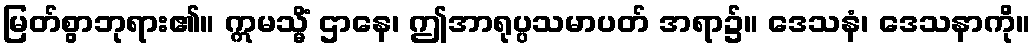
မြတ်စွာဘုရား၏။ ဣမသ္မိံ ဌာနေ၊ ဤအာရုပ္ပသမာပတ် အရာ၌။ ဒေသနံ၊ ဒေသနာကို။